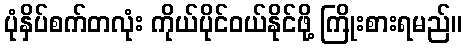
ပုံနှိပ်စက်တလုံး ကိုယ်ပိုင်ဝယ်နိုင်ဖို့ ကြိုးစားရမည်။